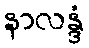
နာလန္ဒံ